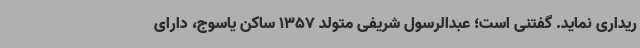
ریداری نماید. گفتنی است؛ عبدالرسول شریفی متولد 1357 ساکن یاسوج، دارای